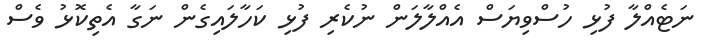
ނަޓެއްލާ ފުޅި ހުސްވިޔަސް އެއްލާލަން ނުކެރި ފުޅި ކަހާލައިގެން ނަގާ އެތިކޮޅު ވެސް